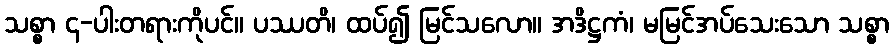
သစ္စာ ၄-ပါးတရားကိုပင်။ ပဿတိ၊ ထပ်၍ မြင်သလော။ အဒိဋ္ဌကံ၊ မမြင်အပ်သေးသော သစ္စာ